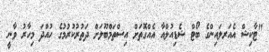
"ޓާކިޝް އެއަރލައިންގެ ބޯޓް ޝެޑިއުލްއާ އެއްގޮތަށް އިސްތަމްބޫލަށް ދަތުރުކުރުމުގެ ހުއްދަ މިހާރު ވާނީ